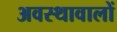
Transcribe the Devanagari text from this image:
अवस्थावालों